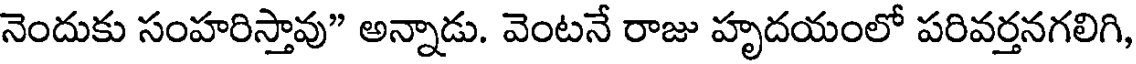
నెందుకు సంహరిస్తావు" అన్నాడు. వెంటనే రాజు హృదయంలో పరివర్తనగలిగి,